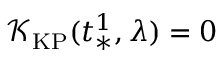
\mathcal { K } _ { \mathrm { K P } } ( t _ { * } ^ { 1 } , \lambda ) = 0